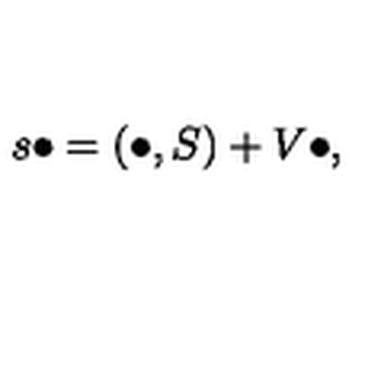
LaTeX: s \bullet = \left( \bullet , S \right) + V \bullet ,